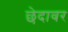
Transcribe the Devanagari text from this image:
छेदावर